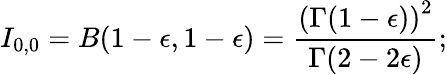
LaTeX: I_{0,0}=B(1-\epsilon,1-\epsilon)={\frac{\left({\Gamma(1-\epsilon)}\right)^{2}}{\Gamma(2-2\epsilon)}};